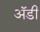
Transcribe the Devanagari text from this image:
अॅडी